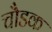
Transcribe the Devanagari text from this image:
चौडक